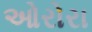
ઓરોરા